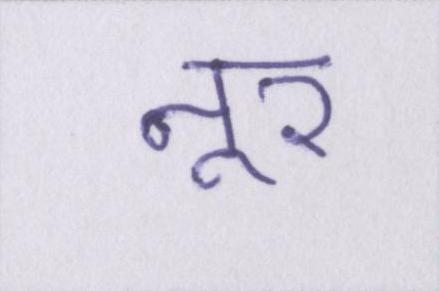
नूर